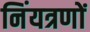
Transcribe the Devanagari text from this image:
निंयत्रणों